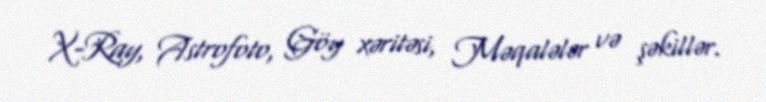
X-Ray, Astrofoto, Göy xəritəsi, Məqalələr və şəkillər.